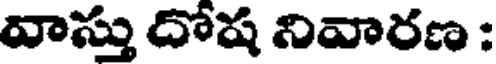
వాస్తు దోష నివారణ :